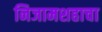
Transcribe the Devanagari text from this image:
निजामशहाचा